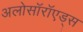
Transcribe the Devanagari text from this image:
अलोसॉरॉएड्स